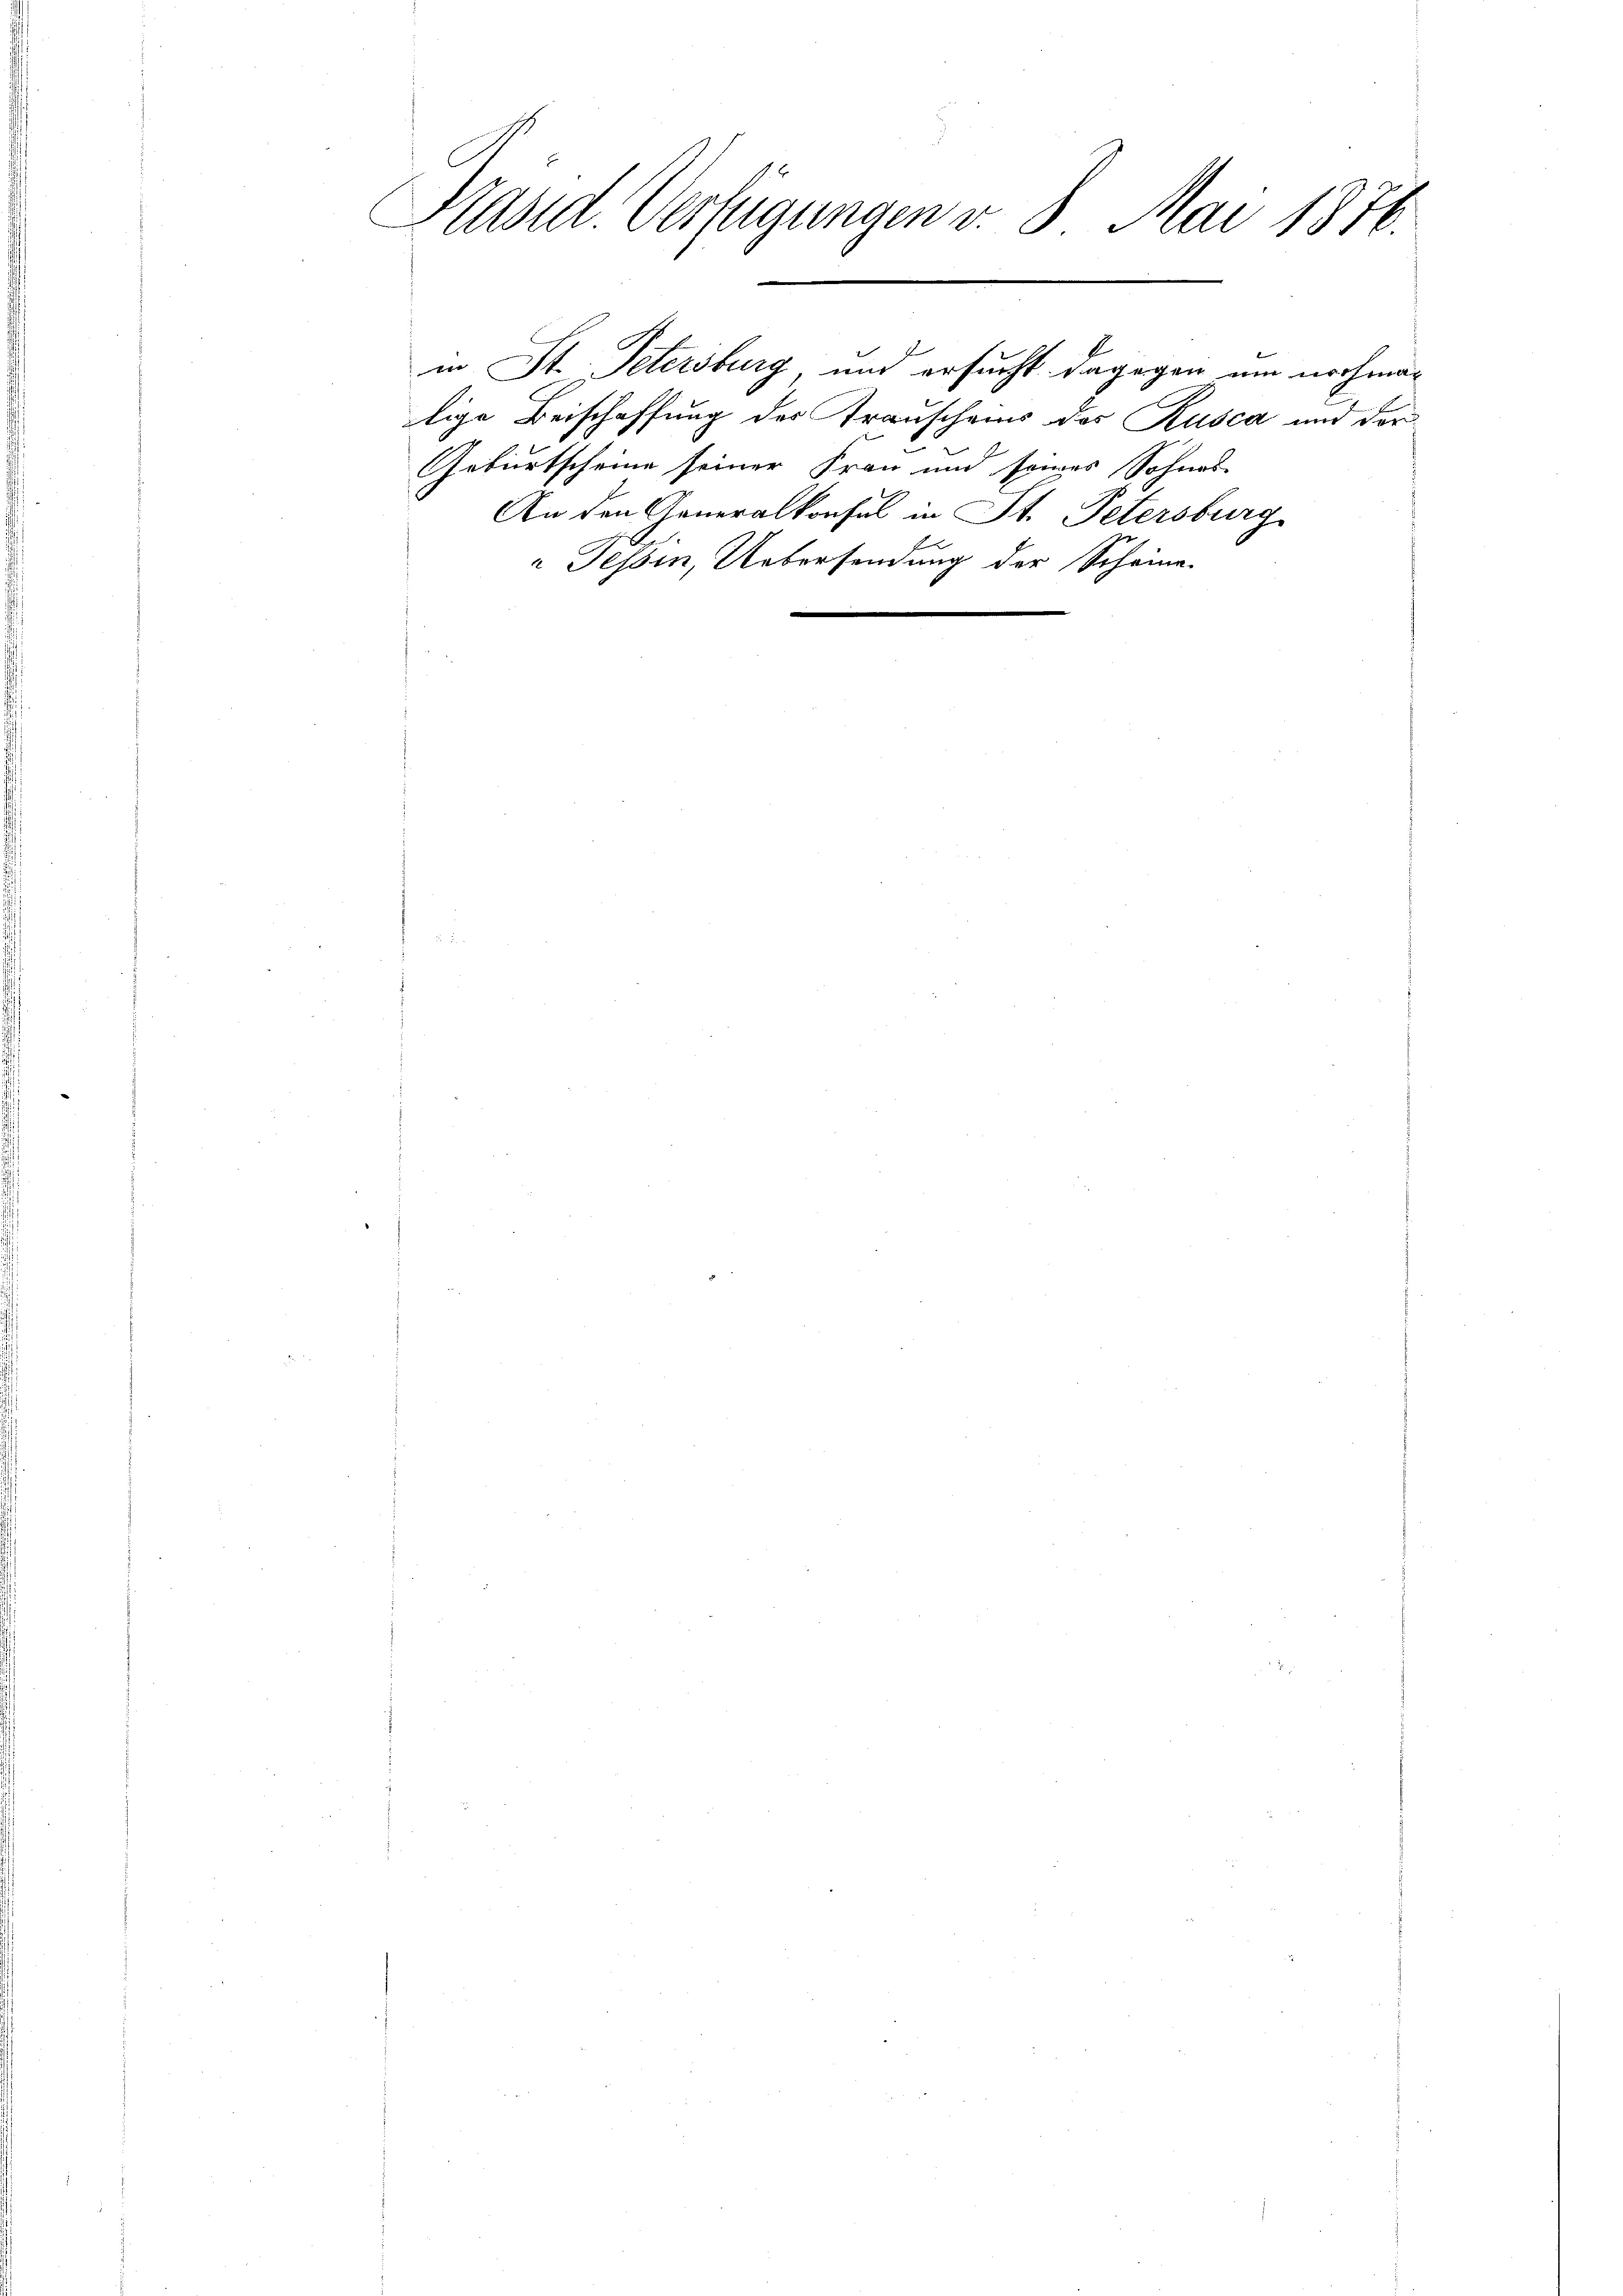
Präsid. Verfügungen v. 8. Mai 1876.

lige Beischaffung des Trauscheins des Rusca und der
Geburtscheine seiner Frau und seines Sohnes-
An den Generalkonsul in St. Petersburg
 Tessin, Uebersendung der Scheine

in St. Petersburg und ersucht dagegen um nochma¬